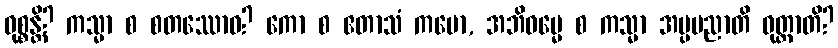
ဝုစ္စန္တိ? ကသ္မာ စ စတဿောဝ? ကော စ ဧတာသံ ကမော, အဘိဓမ္မေ စ ကသ္မာ အပ္ပမညာတိ ဝုတ္တာတိ?